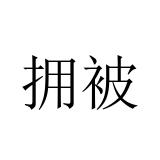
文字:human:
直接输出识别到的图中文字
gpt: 拥被